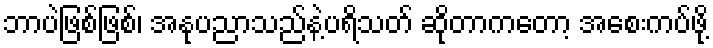
ဘာပဲဖြစ်ဖြစ်၊ အနုပညာသည်နဲ့ပရိသတ် ဆိုတာကတော့ အစေးကပ်ဖို့